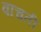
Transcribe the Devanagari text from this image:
वाचती